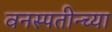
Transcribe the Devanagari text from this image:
वनस्पतीन्च्या